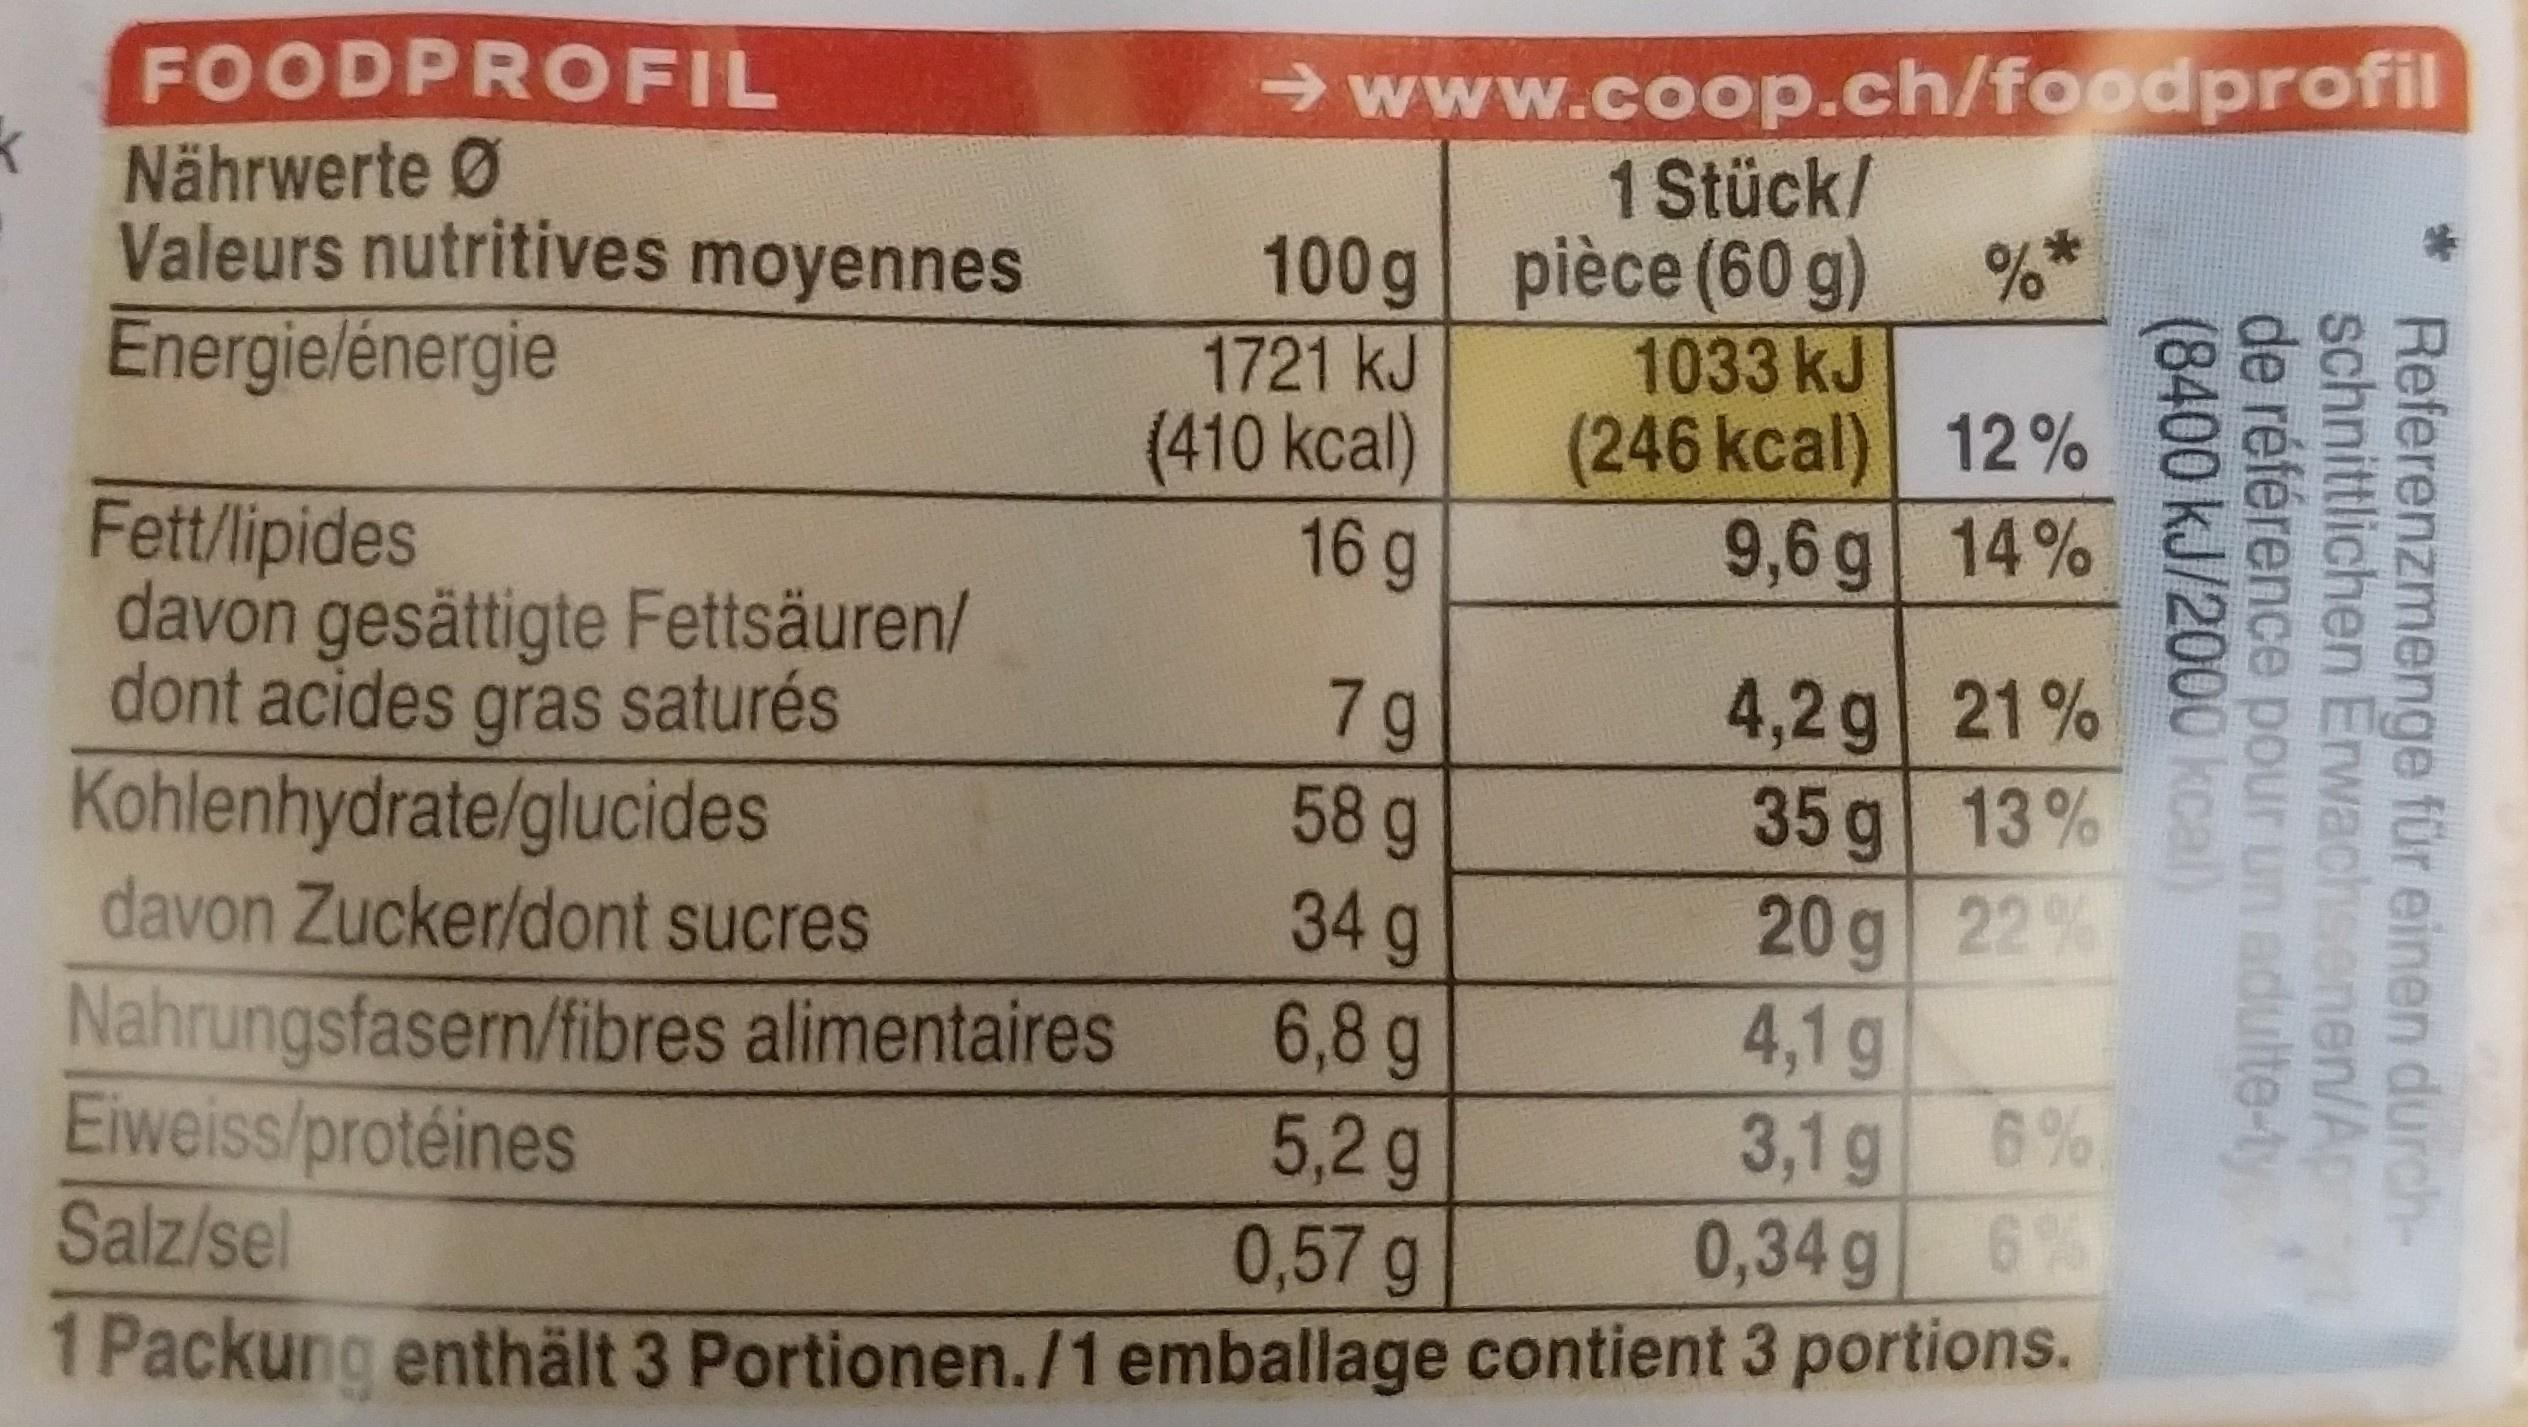
FOODPROFIL Nährwerte Ø
Valeurs nutritives moyennes Energie/énergie
Fett/lipides
davon gesättigte Fettsäuren/ dont acides gras saturés Kohlenhydrate/glucides
davon Zucker/dont sucres
→www.coop.ch/foodprofil
1 Stück/ pièce (60 g)
Nahrungsfasern/fibres alimentaires
Eiweiss/protéines
100g
1721 kJ
(410 kcal)
16 g
1033 kJ
(246 kcal)
9,6g
%*
4,2 g
35g
20g
7g
58 g
34 g
6,8 g
4,1 g
5,2 g
3,1 g
Salz/sel
0,57 g
0,34 g
1 Packung enthält 3 Portionen./1 emballage contient 3 portions.
12%
14%
21%
13%
22%
6%
6%
(8400 kJ/2000 de référence pour un adulte-ty schnittlichen Erwachsenen/Ap Referenzmenge für einen durchkcal)